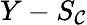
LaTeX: Y-S_{\mathcal{C}}